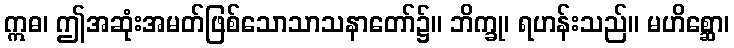
ဣဓ၊ ဤအဆုံးအမတ်ဖြစ်သောသာသနာတော်၌။ ဘိက္ခု၊ ရဟန်းသည်။ မဟိစ္ဆော၊